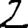
Digit: 2